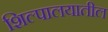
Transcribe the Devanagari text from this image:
शिल्पालयातील